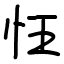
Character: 忹